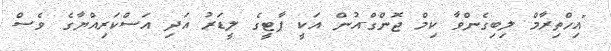
"އިހްތިރާމް ލިބިގެންވާ ކިމް ޖޮންގް-އުން އަކީ ޕާޓީގެ ލީޑަރު އަދި އަސްކަރިއްޔާގެ ވެސް